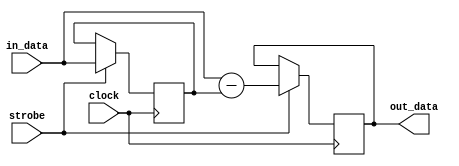
/*
--------------------------------------------------------------------------------
This library is free software; you can redistribute it and/or
modify it under the terms of the GNU Library General Public
License as published by the Free Software Foundation; either
version 2 of the License, or (at your option) any later version.
This library is distributed in the hope that it will be useful,
but WITHOUT ANY WARRANTY; without even the implied warranty of
MERCHANTABILITY or FITNESS FOR A PARTICULAR PURPOSE.  See the GNU
Library General Public License for more details.
You should have received a copy of the GNU Library General Public
License along with this library; if not, write to the
Free Software Foundation, Inc., 51 Franklin St, Fifth Floor,
Boston, MA  02110-1301, USA.
--------------------------------------------------------------------------------
*/


//------------------------------------------------------------------------------
//           Copyright (c) 2008 Alex Shovkoplyas, VE3NEA
//------------------------------------------------------------------------------



module cic_comb( clock, strobe,  in_data,  out_data );

parameter WIDTH = 64;

input clock;
input strobe;
input signed [WIDTH-1:0] in_data;
output reg signed [WIDTH-1:0] out_data;


reg signed [WIDTH-1:0] prev_data;
initial prev_data = 0;


always @(posedge clock)  
  if (strobe) 
    begin
    out_data <= in_data - prev_data;
    prev_data <= in_data;
    end



endmodule